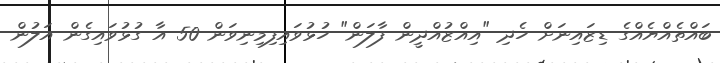
ބައްތެއްޔެއްގެ ޑިޒައިނަށް ހެދި "އިއްޒުއްދީން ފާލަން" ހުޅުވައިފިމިނިވަން 50 އާ ގުޅުވައިގެން އަލުން